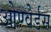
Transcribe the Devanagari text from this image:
ओण्वेर्डस